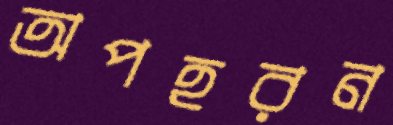
অপহরন